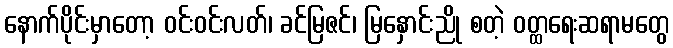
နောက်ပိုင်းမှာတော့ ဝင်းဝင်းလတ်၊ ခင်မြဇင်၊ မြနှောင်းညို စတဲ့ ဝတ္ထရေးဆရာမတွေ